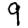
Digit: 9